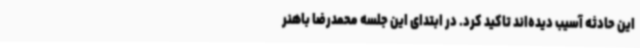
این حادثه آسیب دیده‌اند تاکید کرد. در ابتدای این جلسه محمدرضا باهنر